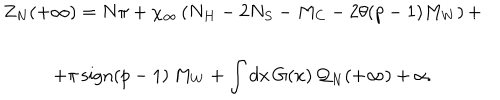
\begin{array} { c } { { Z _ { N } ( + \infty ) = N \pi + \chi _ { \infty } \left( N _ { H } - 2 N _ { S } - M _ { C } - 2 \theta ( p - 1 ) M _ { W } \right) + } } \\ { { + \pi \, \textrm { s i g n } ( p - 1 ) \, M _ { W } + \displaystyle \int d x \, G ( x ) \, { \cal Q } _ { N } ( + \infty ) + \alpha . } } \\ \end{array}